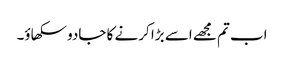
اب تم مجھے اسے بڑا کرنے کا جادو سکھاؤ۔